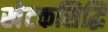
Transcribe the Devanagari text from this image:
खेटकसिद्धि